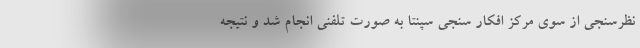
نظرسنجی از سوی مرکز افکار سنجی سپنتا به صورت تلفنی انجام شد و نتیجه